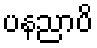
ပနညာပိ